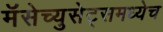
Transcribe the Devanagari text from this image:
मॅसेच्युसेट्समध्येच